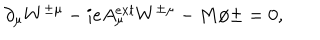
\partial _ { \mu } W ^ { \pm \mu } - i e A _ { \mu } ^ { e x t } W ^ { \pm \mu } - M \phi { \pm } = 0 ,